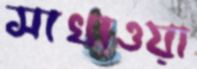
সাখাওয়া